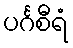
ပင်္ဂစီရံ